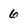
Character: 6